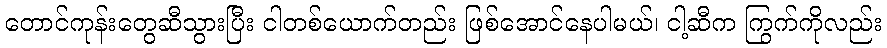
တောင်ကုန်းတွေဆီသွားပြီး ငါတစ်ယောက်တည်း ဖြစ်အောင်နေပါမယ်၊ ငါ့ဆီက ကြွက်ကိုလည်း